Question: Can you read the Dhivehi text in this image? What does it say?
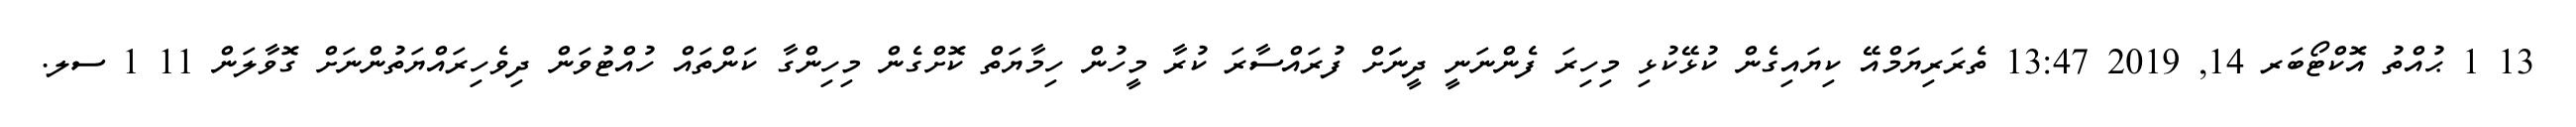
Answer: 13 1 ޙުއްތު އޮކްޓޯބަރ 14, 2019 13:47 ތެރަރިޔަމްއޭ ކިޔައިގެން ކުޅޭކުޅި މިހިރަ ފެންނަނީ ދީނަަށް ފުރައްސާރަ ކުރާ މީހުން ހިމާޔަތް ކޮށްގެން މިހިންގާ ކަންތައް ހުއްޓުވަން ދިވެހިރައްޔަތުންނަށް ގޮވާލަން 11 1 ސލ.